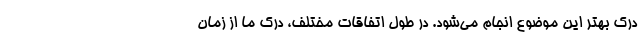
درک بهتر این موضوع انجام می‌شود. در طول اتفاقات مختلف، درک ما از زمان